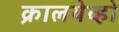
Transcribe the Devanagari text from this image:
क्रालयेव्हो